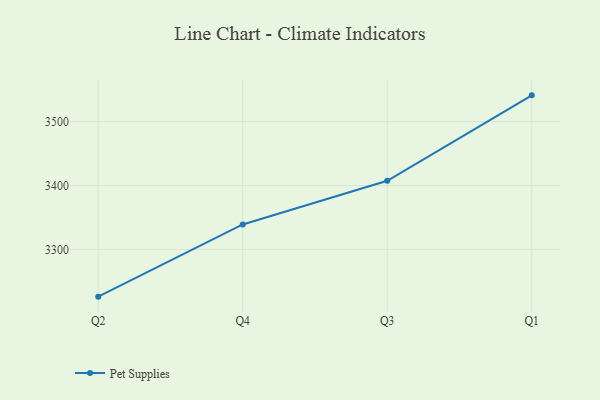
{"axis": {"x": "Quarter", "y": "Bounce Rate (%)"}, "legend": ["Pet Supplies"], "data": [{"x": "Q2", "y": 3226.1, "type": "Pet Supplies"}, {"x": "Q4", "y": 3339.1, "type": "Pet Supplies"}, {"x": "Q3", "y": 3407.4, "type": "Pet Supplies"}, {"x": "Q1", "y": 3541.2, "type": "Pet Supplies"}]}